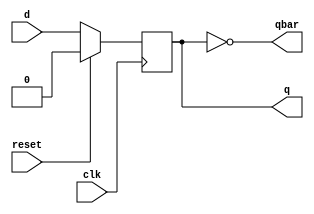
`timescale 1ns / 1ps
//////////////////////////////////////////////////////////////////////////////////
// Company: 
// Engineer: 
// 
// Design Name: 
// Module Name: d_flipflop
// Project Name: 
// Target Devices: 
// Tool Versions: 
// Description: 
// 
// Dependencies: 
// 
// Revision:
// Revision 0.01 - File Created
// Additional Comments:
// 
//////////////////////////////////////////////////////////////////////////////////


module d_flipflop(d,clk,q,qbar,reset);
input d,clk,reset;
output reg q;
output qbar;
assign qbar=~q;
always @(posedge clk)
begin
if(reset==1'b1)
q=1'b0;
else
q=d;
end
endmodule